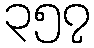
၃၅၇